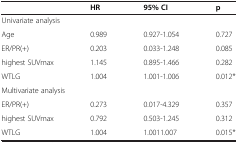
|  | HR | 95% CI | p |
 | --- | --- | --- | --- |
 | <COLSPAN=4> Univariate analysis |
 | Age | 0.989 | 0.927-1.054 | 0.727 |
 | ER/PR(+) | 0.203 | 0.033-1.248 | 0.085 |
 | highest SUVmax | 1.145 | 0.895-1.466 | 0.282 |
 | WTLG | 1.004 | 1.001-1.006 | 0.012* |
 | <COLSPAN=4> Multivariate analysis |
 | ER/PR(+) | 0.273 | 0.017-4.329 | 0.357 |
 | highest SUVmax | 0.792 | 0.503-1.245 | 0.312 |
 | WTLG | 1.004 | 1.0011.007 | 0.015* |